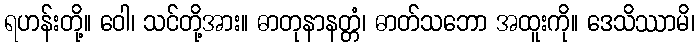
ရဟန်းတို့။ ဝေါ၊ သင်တို့အား။ ဓာတုနာနတ္တံ၊ ဓာတ်သဘော အထူးကို။ ဒေသိဿာမိ၊